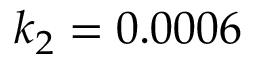
k _ { 2 } = 0 . 0 0 0 6